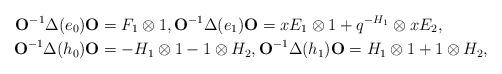
LaTeX: \begin{align*}{\mathbf O}^{-1} \Delta(e_{0}) {\mathbf O}&=F_{1} \otimes 1 , {\mathbf O}^{-1} \Delta(e_{1}) {\mathbf O}=x E_{1}\otimes 1 + q^{-H_{1}} \otimes x E_{2},\\{\mathbf O}^{-1} \Delta(h_{0}) {\mathbf O}&= - H_{1} \otimes 1 - 1 \otimes H_{2},{\mathbf O}^{-1} \Delta(h_{1}) {\mathbf O} =H_{1} \otimes 1 + 1 \otimes H_{2},\end{align*}